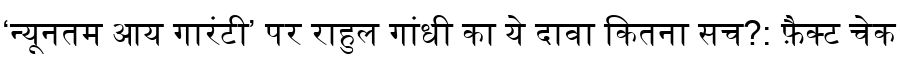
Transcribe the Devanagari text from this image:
‘न्यूनतम आय गारंटी’ पर राहुल गांधी का ये दावा कितना सच?: फ़ैक्ट चेक